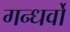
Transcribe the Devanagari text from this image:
गन्धर्वो